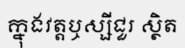
ក្នុងវត្តឬស្សីជួរ ស្ថិត